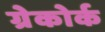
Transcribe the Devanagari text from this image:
ग्रेकोर्क